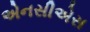
એનસીએસ